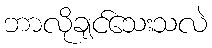
ဘာလိုချင်သေးသလဲ